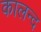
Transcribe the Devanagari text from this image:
कालन्द